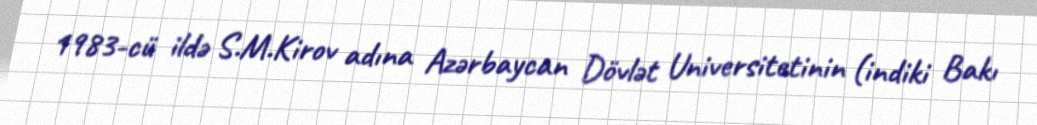
1983-cü ildə S.M.Kirov adına Azərbaycan Dövlət Universitetinin (indiki Bakı